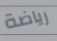
رياضة